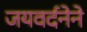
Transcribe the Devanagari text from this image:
जयवर्दनेने